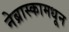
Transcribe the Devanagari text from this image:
नेब्रास्कामधून